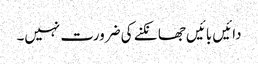
دائیں بائیں جھانکنے کی ضرورت نہیں۔